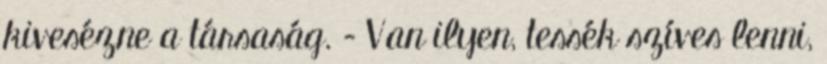
kivesézne a társaság. – Van ilyen, tessék szíves lenni,